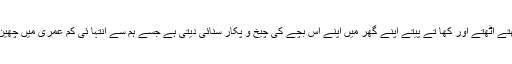
ہمیں بیٹھتے اٹھتے اور کھا تے پیتے اپنے گھر میں اپنے اس بچے کی چیخ و پکار سنائی دیتی ہے جسے ہم سے انتہا ئی کم عمری میں چھین لیا گیا ۔